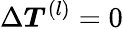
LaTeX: \Delta{\boldsymbol{T}}^{(l)}=0